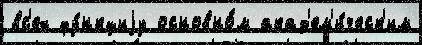
вс'ех фу́нкциjу основно́м акад'ем'и́ческ'им